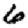
Digit: 6